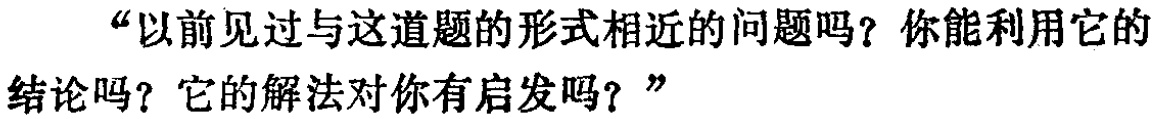
“以前见过与这道题的形式相近的问题吗？你能利用它的结论吗？它的解法对你有启发吗？”